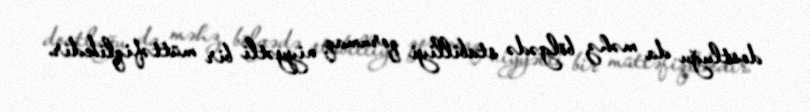
dostluğu da məhz bölgədə stabilliyi qorumaq niyyətli bir müttəfiqlikdir.